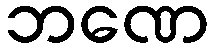
ဘဏေ